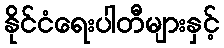
နိုင်ငံရေးပါတီများနှင့်